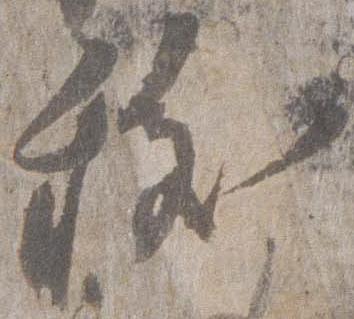
祓